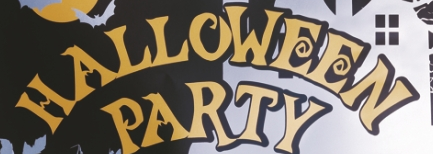
HALLOWEEN